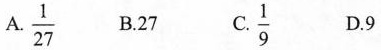
A.\frac{1}{27} B.27 C.\frac{1}{9} D.9